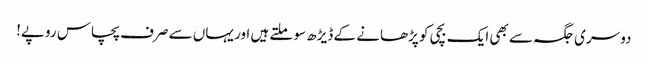
دوسری جگہ سے بھی ایک بچی کو پڑھانے کے ڈیڑھ سو ملتے ہیں اور یہاں سے صرف پچاس روپے!